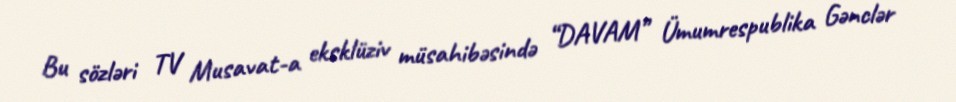
Bu sözləri TV Musavat-a eksklüziv müsahibəsində “DAVAM” Ümumrespublika Gənclər